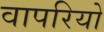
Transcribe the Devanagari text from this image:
वापरियो